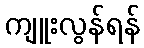
ကျူးလွန်ရန်